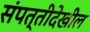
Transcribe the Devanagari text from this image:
संपत्तीदेखील